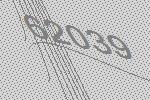
62039